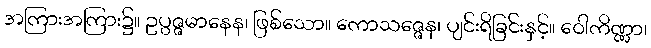
အကြားအကြား၌။ ဥပ္ပဇ္ဇမာနေန၊ ဖြစ်သော။ ကောသဇ္ဇေန၊ ပျင်းရိခြင်းနှင့်။ ဝေါကိဏ္ဏာ၊